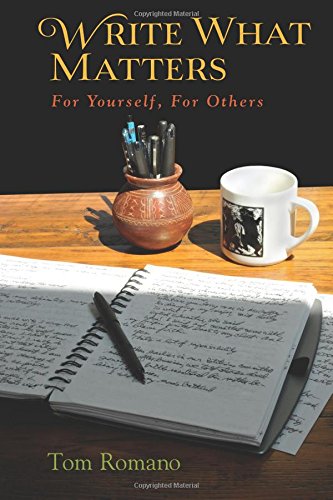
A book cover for Write What Matters: For Yourself, For Others; Tom Romano; Reference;